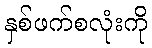
နှစ်ဖက်စလုံးကို